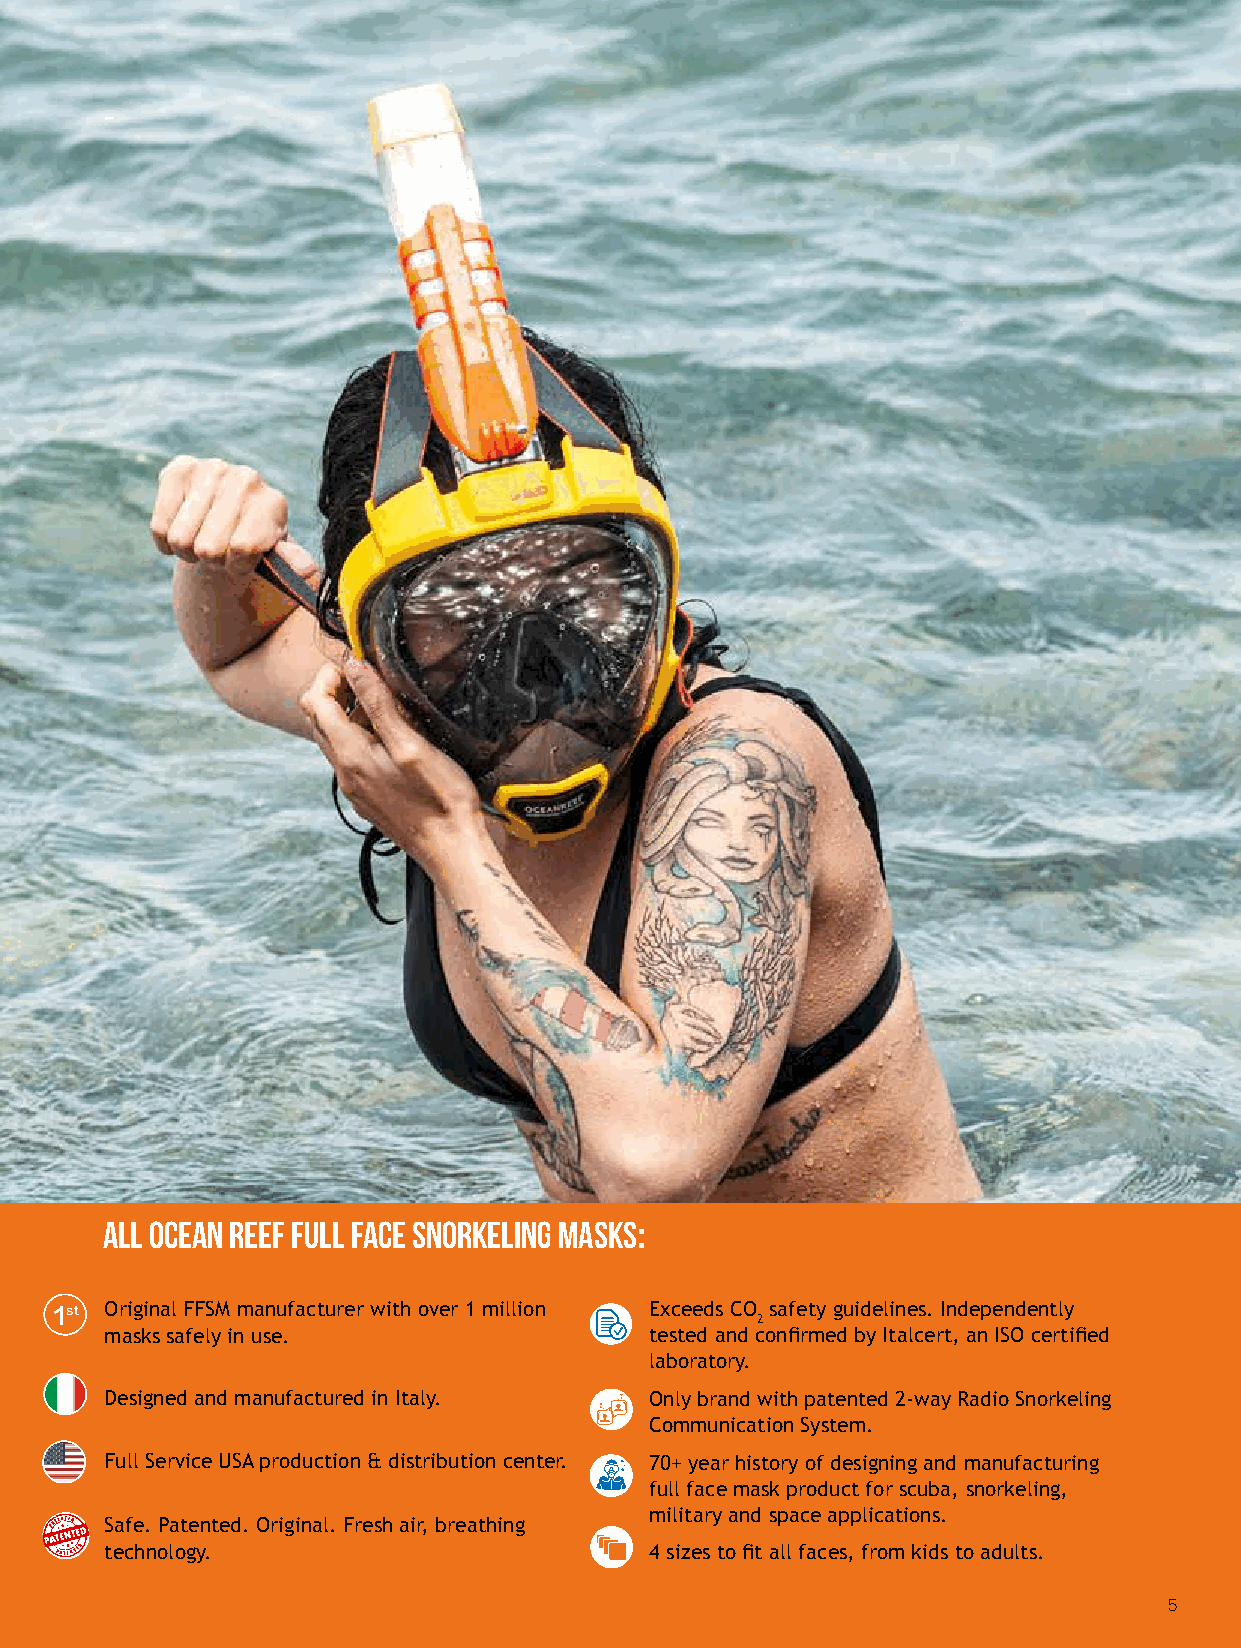
ALL OCEAN REEF FULL FACE SNORKELING MASKS:
 1st Original FFSM manufacturer with over 1 million Exceeds CO safety guidelines. Independently
 2
 masks safely in use.                tested and confirmed by Italcert, an ISO certified
 laboratory.
 Designed and manufactured in Italy. Only brand with patented 2-way Radio Snorkeling
 Communication System.
 Full Service USA production & distribution center. 70+ year history of designing and manufacturing
 full face mask product for scuba, snorkeling,
 military and space applications.
 Safe. Patented. Original. Fresh air, breathing
 technology.                         4 sizes to fit all faces, from kids to adults.
 5